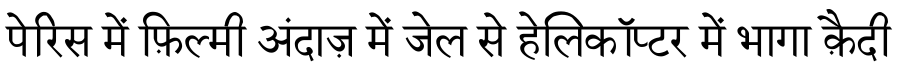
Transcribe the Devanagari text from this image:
पेरिस में फ़िल्मी अंदाज़ में जेल से हेलिकॉप्टर में भागा क़ैदी